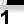
Digit: 1